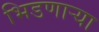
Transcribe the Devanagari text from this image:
भिडणाऱ्या